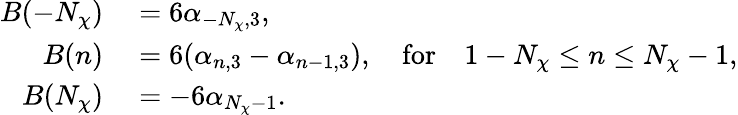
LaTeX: \begin{array}{rl}{B(-N_{\chi})}&{{}=6\alpha_{-N_{\chi},3},}\\ {B(n)}&{{}=6(\alpha_{n,3}-\alpha_{n-1,3}),\quad\mathrm{for}\quad 1-N_{\chi}\leq n\leq N_{\chi}-1,}\\ {B(N_{\chi})}&{{}=-6\alpha_{N_{\chi}-1}.}\end{array}